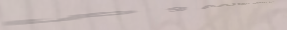
صيدلية النقاء: دوائكم و ص